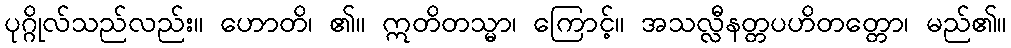
ပုဂ္ဂိုလ်သည်လည်း။ ဟောတိ၊ ၏။ ဣတိတသ္မာ၊ ကြောင့်။ အသလ္လီနတ္တပဟိတတ္တော၊ မည်၏။